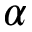
\alpha